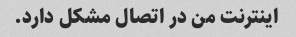
اینترنت من در اتصال مشکل دارد.